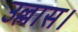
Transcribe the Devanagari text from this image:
उल्लास।